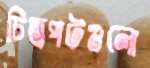
চিত্রপটগুলো